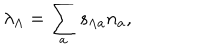
LaTeX: \lambda _ { \Lambda } = \sum _ { a } s _ { \Lambda a } n _ { a } ,